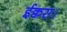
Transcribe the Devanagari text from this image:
ईक्वस।